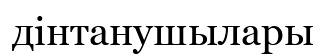
дінтанушылары